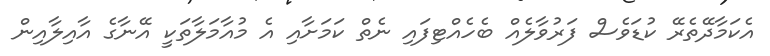
އެކަމާދޭތެރޭ ކުޑަވެސް ފަރުވާލެއް ބެހެއްޓިފައި ނެތް ކަމަށާއި އެ މުއާމަލާތަކީ އޭނާގެ އާއިލާއިން